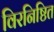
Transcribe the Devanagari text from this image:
विरनिष्ठित